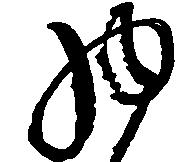
物